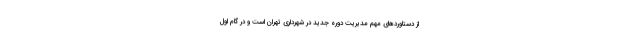
از دستاوردهای مهم مدیریت دوره جدید در شهرداری تهران است و در گام اول